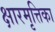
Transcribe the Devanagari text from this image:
क्षारमृत्तिका